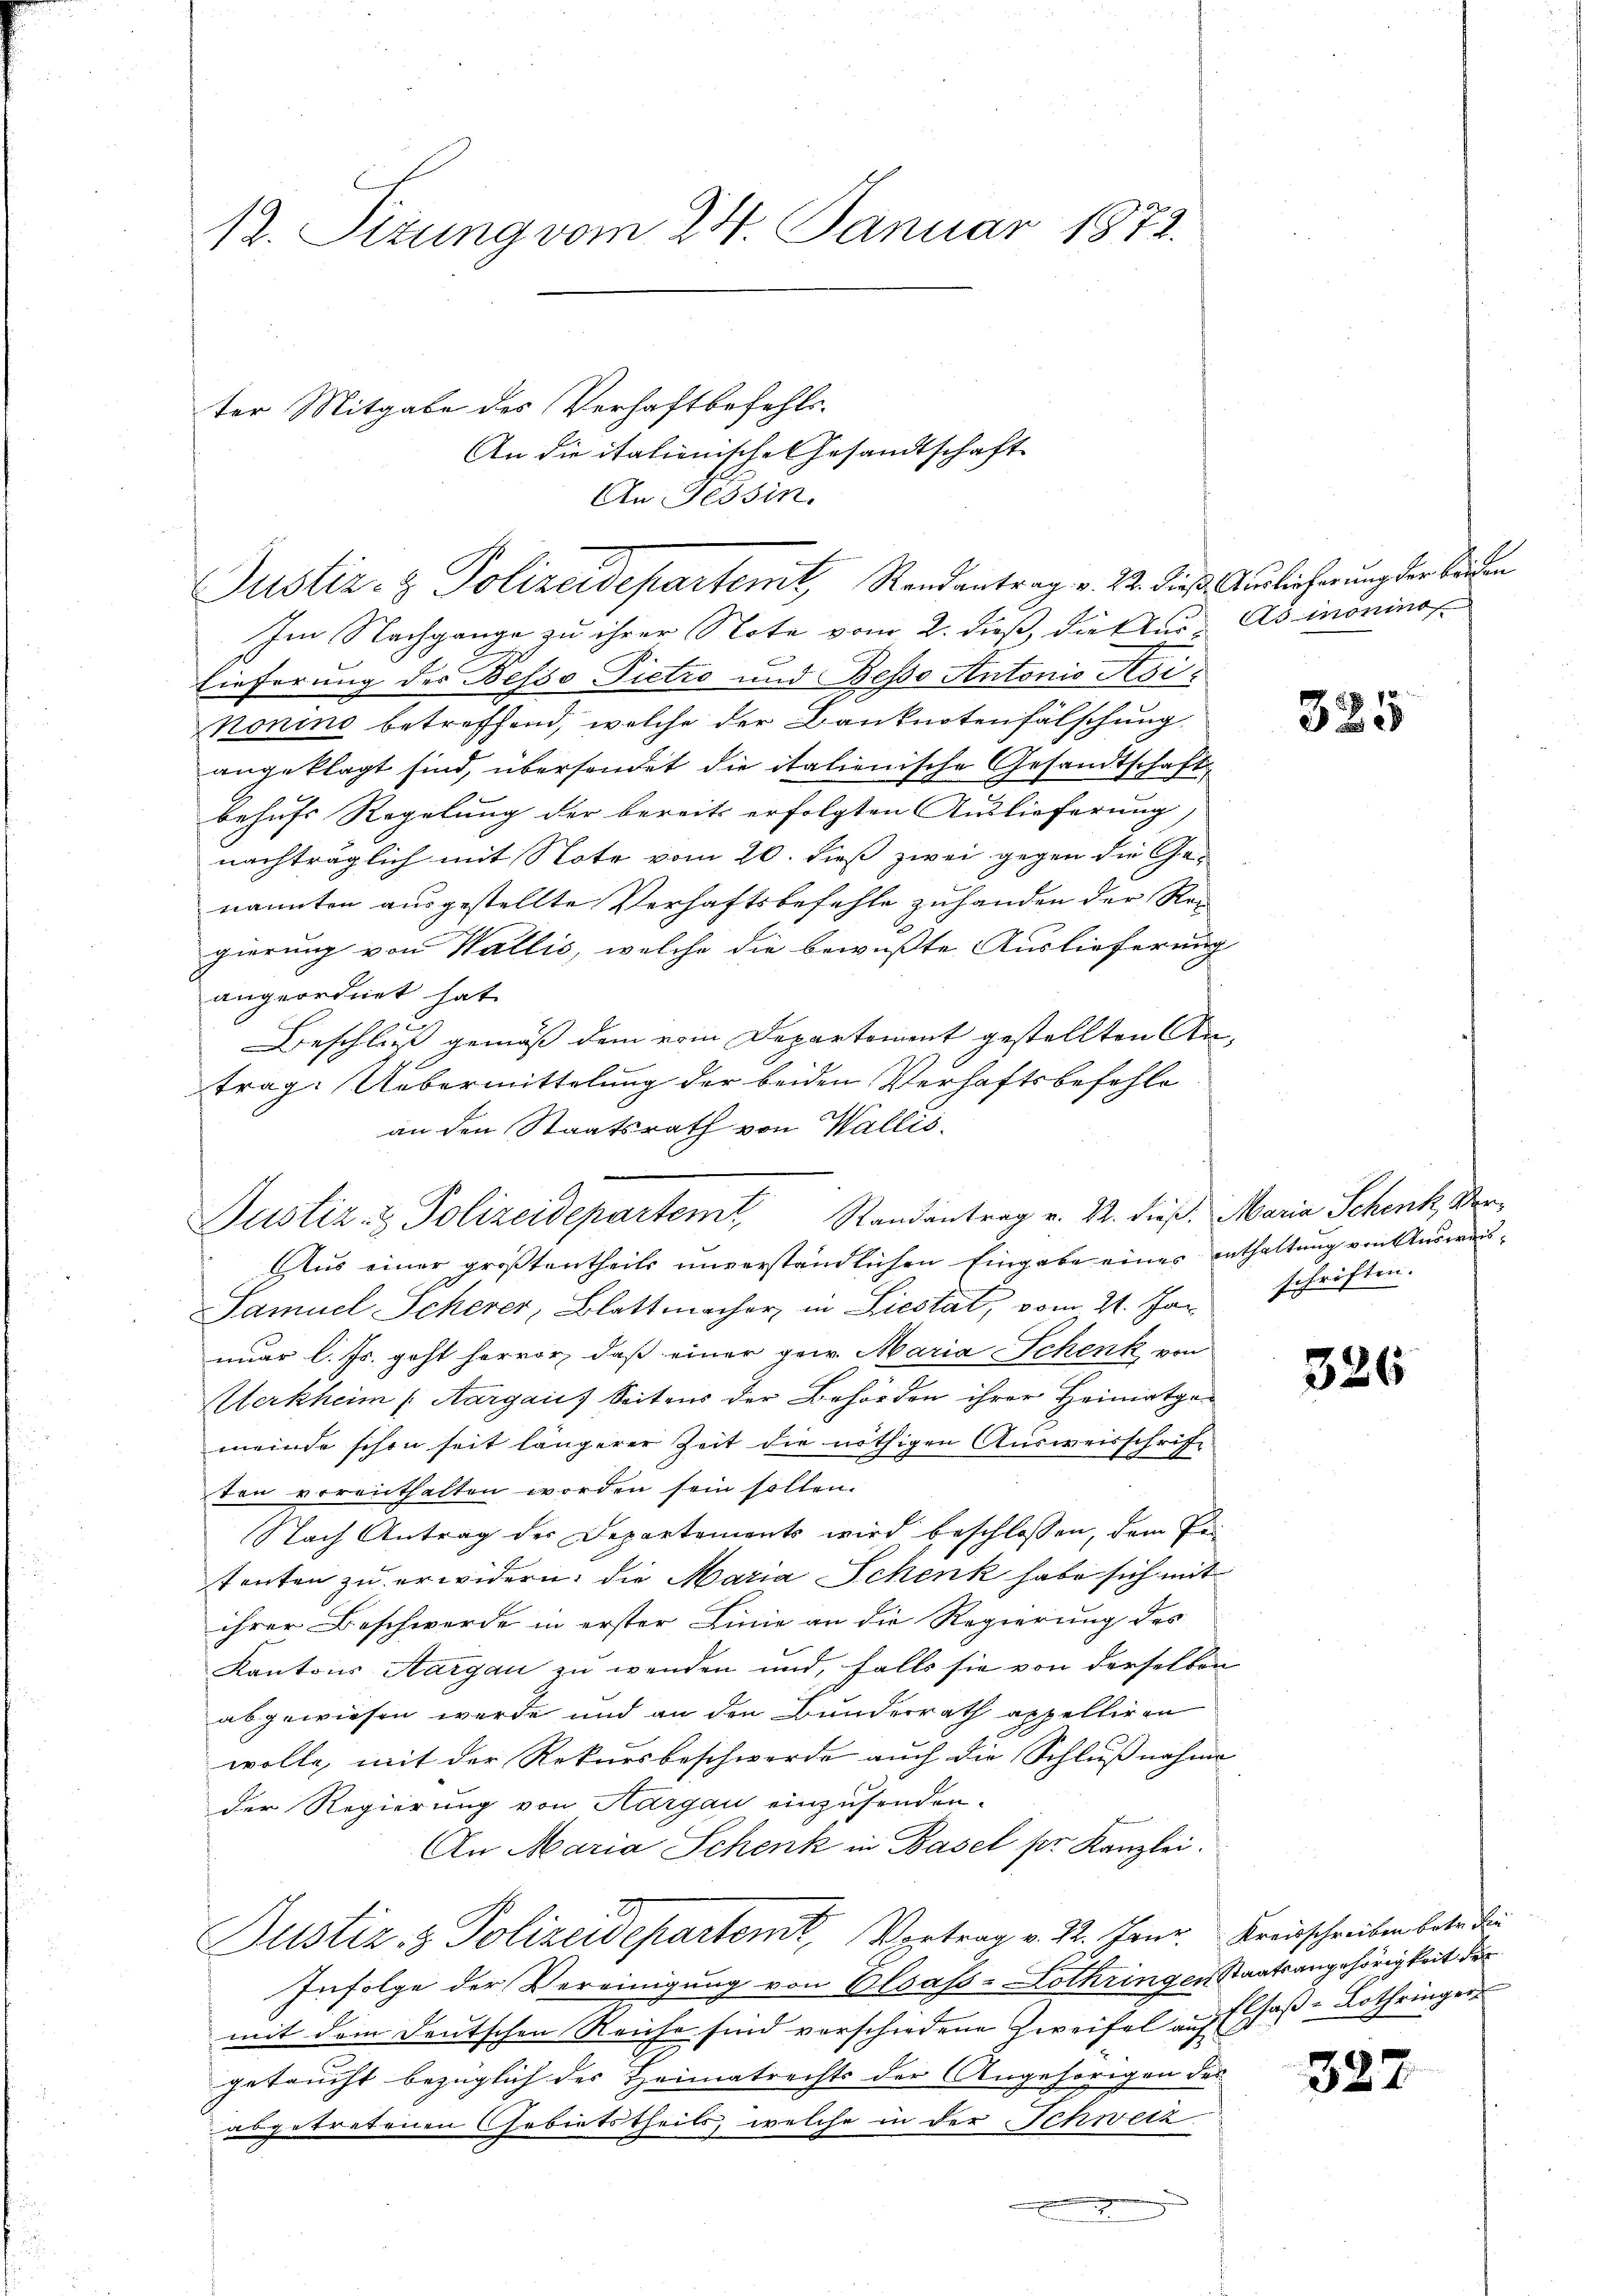
12. Sizung vom 24. Januar 1872.

Justiz- & Polizeidepartemit Randantrag v. 22. dieß. Auslicherung der beiden

ter Mitgabe des Verhaftbefehls.
An die italienische Gesandtschaft
An Tessin.

Im Nachgange zu ihrer Note vom 2. dieß, dieser Asmonino
lieferung des Besso Pietro und Beso Antonio Sesinonino betreffend, welche der Banknotenfälschung
angeklagt sind, übersendet die italienische Gesandtschaft
behufs Regelung der bereits erfolgten Auslieferung,
nachträglich mit Note vom 20. dieß zwei gegen die Ge-
nannten ausgestellte Verhaftsbefehle zuhanden der Rei
gierung von Wallis, welche die bewußte Auslieferung
angeordnet hat.
Beschluß gemäß dem vom Departement gestellten An-
trag. Uebermittelung der beiden Verhaftsbefohle
an den Staatsrath von Wallis.
Justiz- & Polizeidepartem Randantrag v. 22. dieß, Maria Schenk, Ver¬
Aus einer größtentheils unverständlichen Eingabe eines enthaltung von Ausweis¬
Samuel Scherer, Blattmacher, in Liestat, vom 21. Jan schriften.
nuar l. Js. geht hervor, daß einer gew. Maria Schenk von
Merkheim (Aargauf Seitens der Behörden ihrer Heimatgemeinde schon seit längerer Zeit die nöthigen Ausweisschrift
ten verenthalten worden sein sollen.
Nach Antrag der Departements wird beschlossen, dem Petenten zu erwidern, die Maria Schenk habe sich mit
ihrer Beschwerde in erster Linie an die Regierung des
Kantons Aargau zu wenden und, falls sie von derselben
abgewiesen werde und an den Bunderrath appelliren
wolle, mit der Rekursbeschwerde auch die Schlußnahme
der Regierung von Aargau einzusenden.
An Maria Schenk in Basel pr. Kanzlei.
Justiz- & Polizeidepartem Vortrag v. 22. Janr. Kreisschreiben betr die
Infolge der Vereinigung von Elsass-Lothringen Staatsangehörigkeit der
mit dem deutschen Reiche sind verschiedene Zweifel auf Elsaß-Lothringer
getaucht bezüglich der Heimatrechts der Angehörigen des
abgetretenen Gebietstheils, welche in der Schweiz.

325

326

327